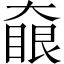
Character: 𡙵